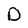
Character: O